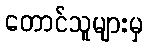
တောင်သူများမှ